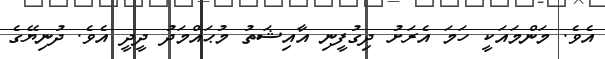
އެވެ. މަންމައަކީ ހަމަ އެރަށު ދިގުފީނި އާއިޝަތު މުޙައްމަދު ދީދީ އެވެ. ދުނިޔޭގެ